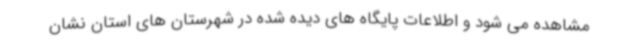
مشاهده می شود و اطلاعات پایگاه های دیده شده در شهرستان های استان نشان